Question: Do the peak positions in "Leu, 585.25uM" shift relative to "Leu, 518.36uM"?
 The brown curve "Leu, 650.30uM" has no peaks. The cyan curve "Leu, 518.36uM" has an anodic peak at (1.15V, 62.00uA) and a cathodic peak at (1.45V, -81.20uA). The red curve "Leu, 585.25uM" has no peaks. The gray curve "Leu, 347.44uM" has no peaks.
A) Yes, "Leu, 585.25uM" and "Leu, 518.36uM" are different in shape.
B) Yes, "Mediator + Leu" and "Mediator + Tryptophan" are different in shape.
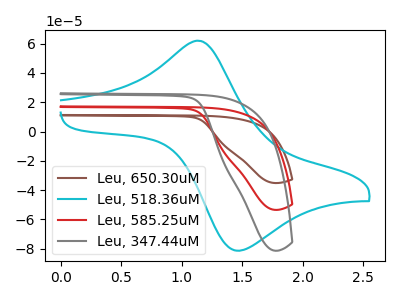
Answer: <think>"Leu, 585.25uM" and "Leu, 518.36uM" have a different number of peaks.
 </think>
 <answer>A) Yes, "Leu, 585.25uM" and "Leu, 518.36uM" are different in shape.</answer>
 <eval>A</eval>